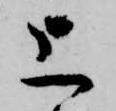
上